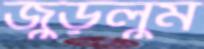
জুড়লুম